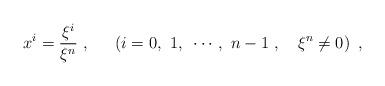
LaTeX: \begin{align*}x^i=\frac{\xi^i}{\xi^{n}}~,~~~~\left(i=0,~1,~\cdots,~n-1~,~~~\xi^{n}\not= 0\right)~,\end{align*}